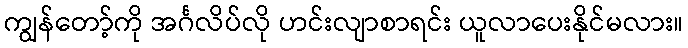
ကျွန်တော့်ကို အင်္ဂလိပ်လို ဟင်းလျာစာရင်း ယူလာပေးနိုင်မလား။